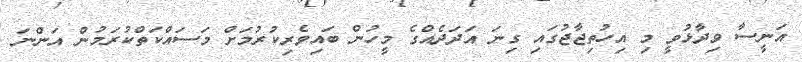
އަނީސާ ވިދާޅުވީ މި އިހުތިޖާޖުގައި ގިނަ އަދަދެއްގެ މީހުން ބައިވެރިކުރުމަށް މަސައްކަތްކުރަމުން އަންނަ